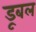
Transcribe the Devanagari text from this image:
डूबल